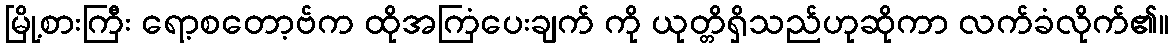
မြို့စားကြီး ရော့စတော့ဗ်က ထိုအကြံပေးချက် ကို ယုတ္တိရှိသည်ဟုဆိုကာ လက်ခံလိုက်၏။